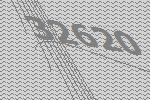
32620